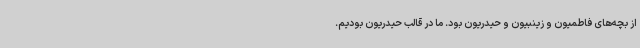
از بچه‌های فاطمیون و زینبیون و حیدریون بود. ما در قالب حیدریون بودیم.